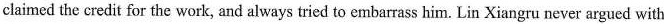
claimed the credit for the work, and always tried to embarrass him. Lin Xiangru never argued with